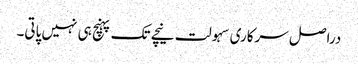
دراصل سرکاری سہولت نیچے تک پہنچ ہی نہیں پاتی۔